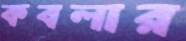
কবলার